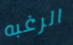
الرغبه